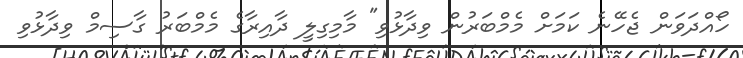
ހޯއްދަވަން ޖެހޭނެ ކަމަށް މެމްބަރުން ވިދާޅުވި" މާމިގިލީ ދާއިރާގެ މެމްބަރު ގާސިމް ވިދާޅުވި